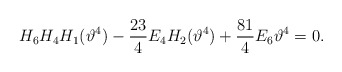
\begin{align*}H_6H_{4}H_{1}(\vartheta^4)- \frac{23}{4} E_4 H_{2}(\vartheta^4) +\frac{81}{4} E_6 \vartheta^4=0.\end{align*}